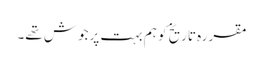
مقررہ تاریخ کو ہم بہت پرجوش تھے۔